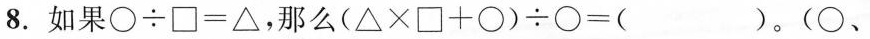
8. 如果$$\bigcirc \div \Box = \triangle$$，那么$$( \triangle \times \Box + \bigcirc ) \div \bigcirc = ()$$。(○、